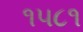
૧૫૮૧